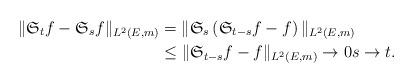
LaTeX: \begin{align*}\|\mathfrak{S}_{t}f-\mathfrak{S}_{s}f\|_{L^{2}(E,m)}&=\|\mathfrak{S}_{s}\left(\mathfrak{S}_{t-s}f-f\right)\|_{L^{2}(E,m)}\\&\le\|\mathfrak{S}_{t-s}f-f\|_{L^{2}(E,m)}\to 0s\to t.\end{align*}